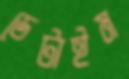
ডেটাইম